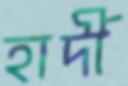
হার্দী